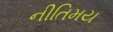
નીતિમય